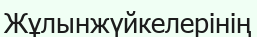
Жұлынжүйкелерінің